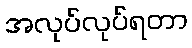
အလုပ်လုပ်ရတာ